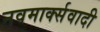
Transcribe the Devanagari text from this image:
नवमार्क्सवादी